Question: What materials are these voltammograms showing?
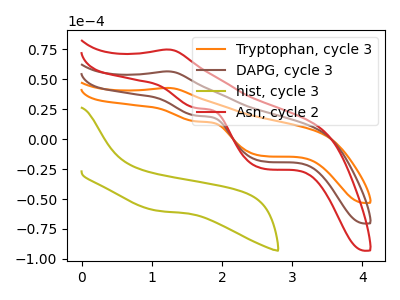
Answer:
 <answer>The orange curve is labeled "Tryptophan, cycle 3". The brown curve is labeled "DAPG, cycle 3". The olive curve is labeled "hist, cycle 3". The red curve is labeled "Asn, cycle 2".</answer>
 <eval></eval>